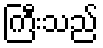
ကြီးသည်